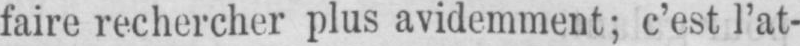
faire rechercher plus avidemment; c’est l’at-